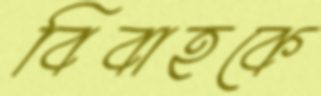
বিবাহকে